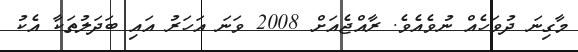
މާގިނަ ދުވަހެއް ނުވެއެވެ. ރާއްޖެއަށް 2008 ވަނަ އަހަރު އައި ބަދަލުތަކާ އެކު